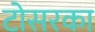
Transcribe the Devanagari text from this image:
टोसरका